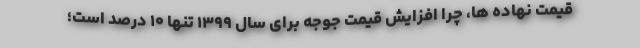
قیمت نهاده ها، چرا افزایش قیمت جوجه برای سال ۱۳۹۹ تنها ۱۰ درصد است؛